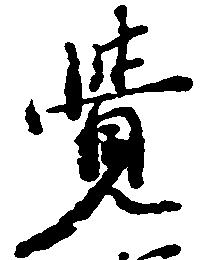
覚